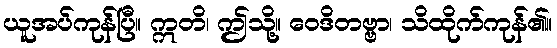
ယူအပ်ကုန်ပြီ။ ဣတိ၊ ဤသို့။ ဝေဒိတဗ္ဗာ၊ သိထိုက်ကုန်၏။